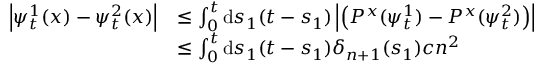
\begin{array} { r l } { \left| \psi _ { t } ^ { 1 } ( x ) - \psi _ { t } ^ { 2 } ( x ) \right| } & { \leq \int _ { 0 } ^ { t } \mathrm { d } s _ { 1 } ( t - s _ { 1 } ) \left| \left( P ^ { x } ( \psi _ { t } ^ { 1 } ) - P ^ { x } ( \psi _ { t } ^ { 2 } ) \right) \right| } \\ & { \leq \int _ { 0 } ^ { t } \mathrm { d } s _ { 1 } ( t - s _ { 1 } ) \delta _ { n + 1 } ( s _ { 1 } ) c n ^ { 2 } } \end{array}